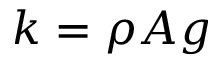
k = \rho A g